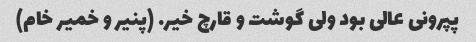
پپرونی عالی بود ولی گوشت و قارچ خیر. (پنیر و خمیر خام)